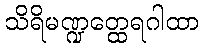
သိရိမဏ္ဍတ္ထေရဂါထာ